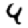
Digit: 4